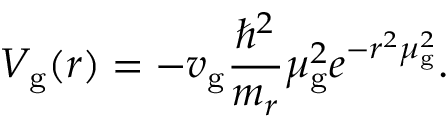
V _ { \mathrm { g } } ( r ) = - v _ { \mathrm { g } } \frac { \hbar ^ { 2 } } { m _ { r } } \mu _ { \mathrm { g } } ^ { 2 } e ^ { - r ^ { 2 } \mu _ { \mathrm { g } } ^ { 2 } } .